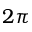
2 \pi